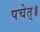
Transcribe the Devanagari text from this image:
पचेत्॥